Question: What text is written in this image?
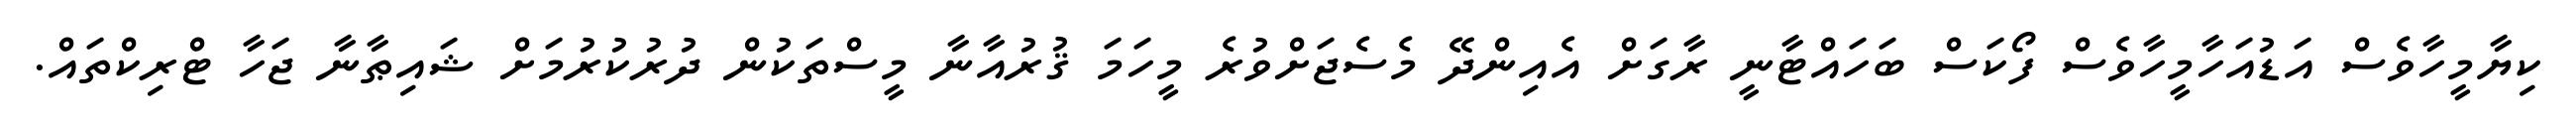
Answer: ކިޔާމީހާވެސް އަޑުއަހާމީހާވެސް ފޯކަސް ބަހައްޓާނީ ރާގަށް އެއިންދޭ މެސެޖަށްވުރެ މީހަމަ ޤުރުއާނާ މީސްތަކުން ދުރުކުރުމަށް ޝައިޠާނާ ޖަހާ ޓްރިކްތައް.